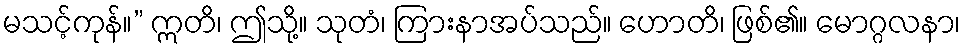
မသင့်ကုန်။” ဣတိ၊ ဤသို့။ သုတံ၊ ကြားနာအပ်သည်။ ဟောတိ၊ ဖြစ်၏။ မောဂ္ဂလနာ၊